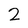
Character: 2